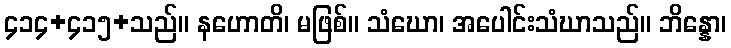
၄၁၄+၄၁၅+သည်။ နဟောတိ၊ မဖြစ်။ သံဃော၊ အပေါင်းသံဃာသည်။ ဘိန္နော၊